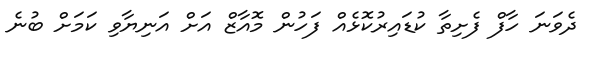
ދެވަނަ ހާފް ފެށިތާ ކުޑައިރުކޮޅެއް ފަހުން މޮއާޒް އަށް އަނިޔާވި ކަމަށް ބުނެ